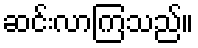
ဆင်းလာကြသည်။